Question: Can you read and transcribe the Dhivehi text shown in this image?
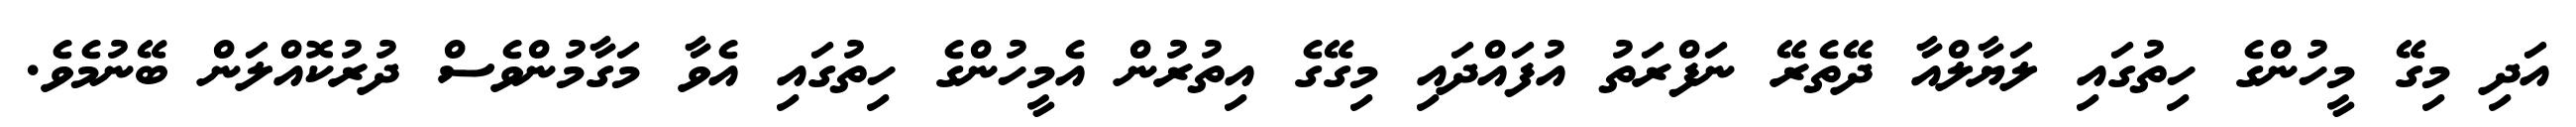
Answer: އަދި މިގޭ މީހުންގެ ހިތުގައި ލަޔާލްއާ ދޭތެރޭ ނަފްރަތު އުފައްދައި މިގޭގެ އިތުރުން އެމީހުންގެ ހިތުގައި އެވާ މަގާމުންވެސް ދުރުކޮއްލަން ބޭނުމެވެ.